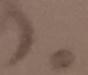
) .